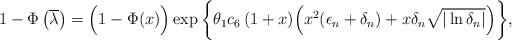
LaTeX: \begin{align*}1-\Phi \left( \overline{\lambda}\right) =\Big( 1-\Phi (x)\Big)\exp \bigg\{ \theta_{1} c_{6}\, (1+x)\Big(x^2 (\epsilon_n + \delta_n)+ x\delta_n\sqrt{|\ln \delta_n|} \Big) \bigg\},\end{align*}